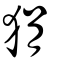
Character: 狷